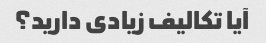
آیا تکالیف زیادی دارید؟